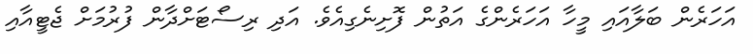
އަހަރެން ބަލާއައި މީހާ އަހަރެންގެ އަތުން ފޮށިނެގިއެވެ. އަދި ރިސޯޓަށްދާން ފުރުމަށް ޖެޓީއާއި